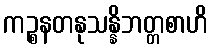
ကဉ္စနတနုသန္နိဘတ္တစာဟိ